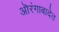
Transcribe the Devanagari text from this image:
ऒरंगाबादेत